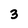
Character: 3